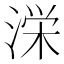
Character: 𭱚